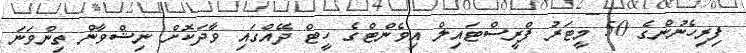
ފިރިހެނުންގެ 50 މީޓަރު ފްރީސްޓައިލް އިވެންޓްގެ ހީޓް ދޭއްގައި ވާދަކޮށް ނިޝްވާން ތިންވަނަ